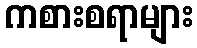
ကစားစရာများ